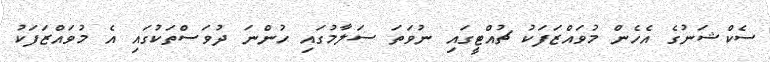
ސެކްޝަނުގެ އެހެން މުވައްޒަފަކު ޗުއްޓީގައި ނުވަތަ ސަލާމުގައި ހުންނަ ދުވަސްތަކުގައި އެ މުވައްޒަފަކު